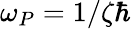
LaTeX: \omega_{P}=1/\zeta\hbar